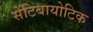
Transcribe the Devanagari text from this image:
सेंटिबायोटिक